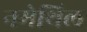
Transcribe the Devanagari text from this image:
नमेथिल